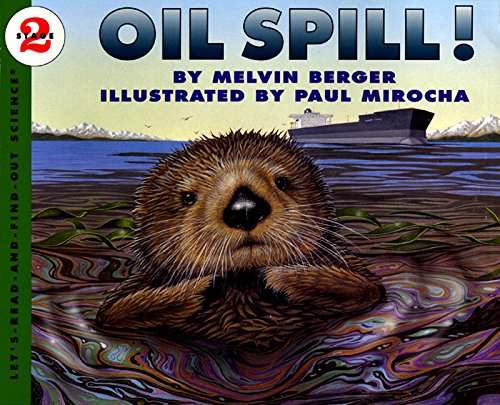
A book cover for Oil Spill! (Let's-Read-and-Find-Out Science); Melvin Berger; Children's Books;